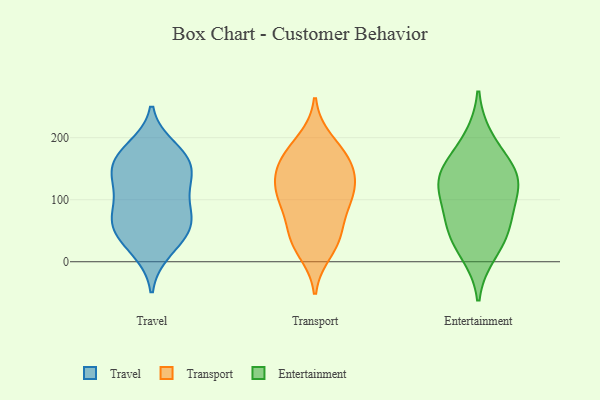
{"axis": {"x": "Humidity (%)", "y": "Value"}, "legend": ["Entertainment", "Transport", "Travel"], "data": [{"x": "", "y": 53, "type": "Travel"}, {"x": "", "y": 183, "type": "Travel"}, {"x": "", "y": 153, "type": "Travel"}, {"x": "", "y": 125, "type": "Travel"}, {"x": "", "y": 71, "type": "Travel"}, {"x": "", "y": 18, "type": "Travel"}, {"x": "", "y": 69, "type": "Travel"}, {"x": "", "y": 74, "type": "Travel"}, {"x": "", "y": 30, "type": "Travel"}, {"x": "", "y": 164, "type": "Travel"}, {"x": "", "y": 171, "type": "Travel"}, {"x": "", "y": 158, "type": "Travel"}, {"x": "", "y": 115, "type": "Travel"}, {"x": "", "y": 124, "type": "Travel"}, {"x": "", "y": 58, "type": "Travel"}, {"x": "", "y": 195, "type": "Transport"}, {"x": "", "y": 36, "type": "Transport"}, {"x": "", "y": 98, "type": "Transport"}, {"x": "", "y": 140, "type": "Transport"}, {"x": "", "y": 118, "type": "Transport"}, {"x": "", "y": 162, "type": "Transport"}, {"x": "", "y": 113, "type": "Transport"}, {"x": "", "y": 44, "type": "Transport"}, {"x": "", "y": 149, "type": "Transport"}, {"x": "", "y": 101, "type": "Transport"}, {"x": "", "y": 91, "type": "Transport"}, {"x": "", "y": 178, "type": "Transport"}, {"x": "", "y": 160, "type": "Transport"}, {"x": "", "y": 42, "type": "Transport"}, {"x": "", "y": 17, "type": "Transport"}, {"x": "", "y": 42, "type": "Entertainment"}, {"x": "", "y": 119, "type": "Entertainment"}, {"x": "", "y": 150, "type": "Entertainment"}, {"x": "", "y": 198, "type": "Entertainment"}, {"x": "", "y": 137, "type": "Entertainment"}, {"x": "", "y": 73, "type": "Entertainment"}, {"x": "", "y": 146, "type": "Entertainment"}, {"x": "", "y": 109, "type": "Entertainment"}, {"x": "", "y": 14, "type": "Entertainment"}, {"x": "", "y": 55, "type": "Entertainment"}]}